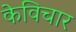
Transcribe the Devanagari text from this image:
केविचार